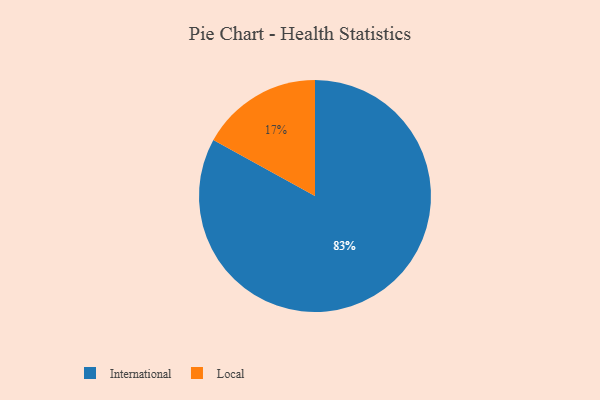
{"axis": {"x": "Category", "y": "Percentage"}, "legend": ["International", "Local"], "data": [{"x": "International", "y": 83, "type": "International"}, {"x": "Local", "y": 17, "type": "Local"}]}